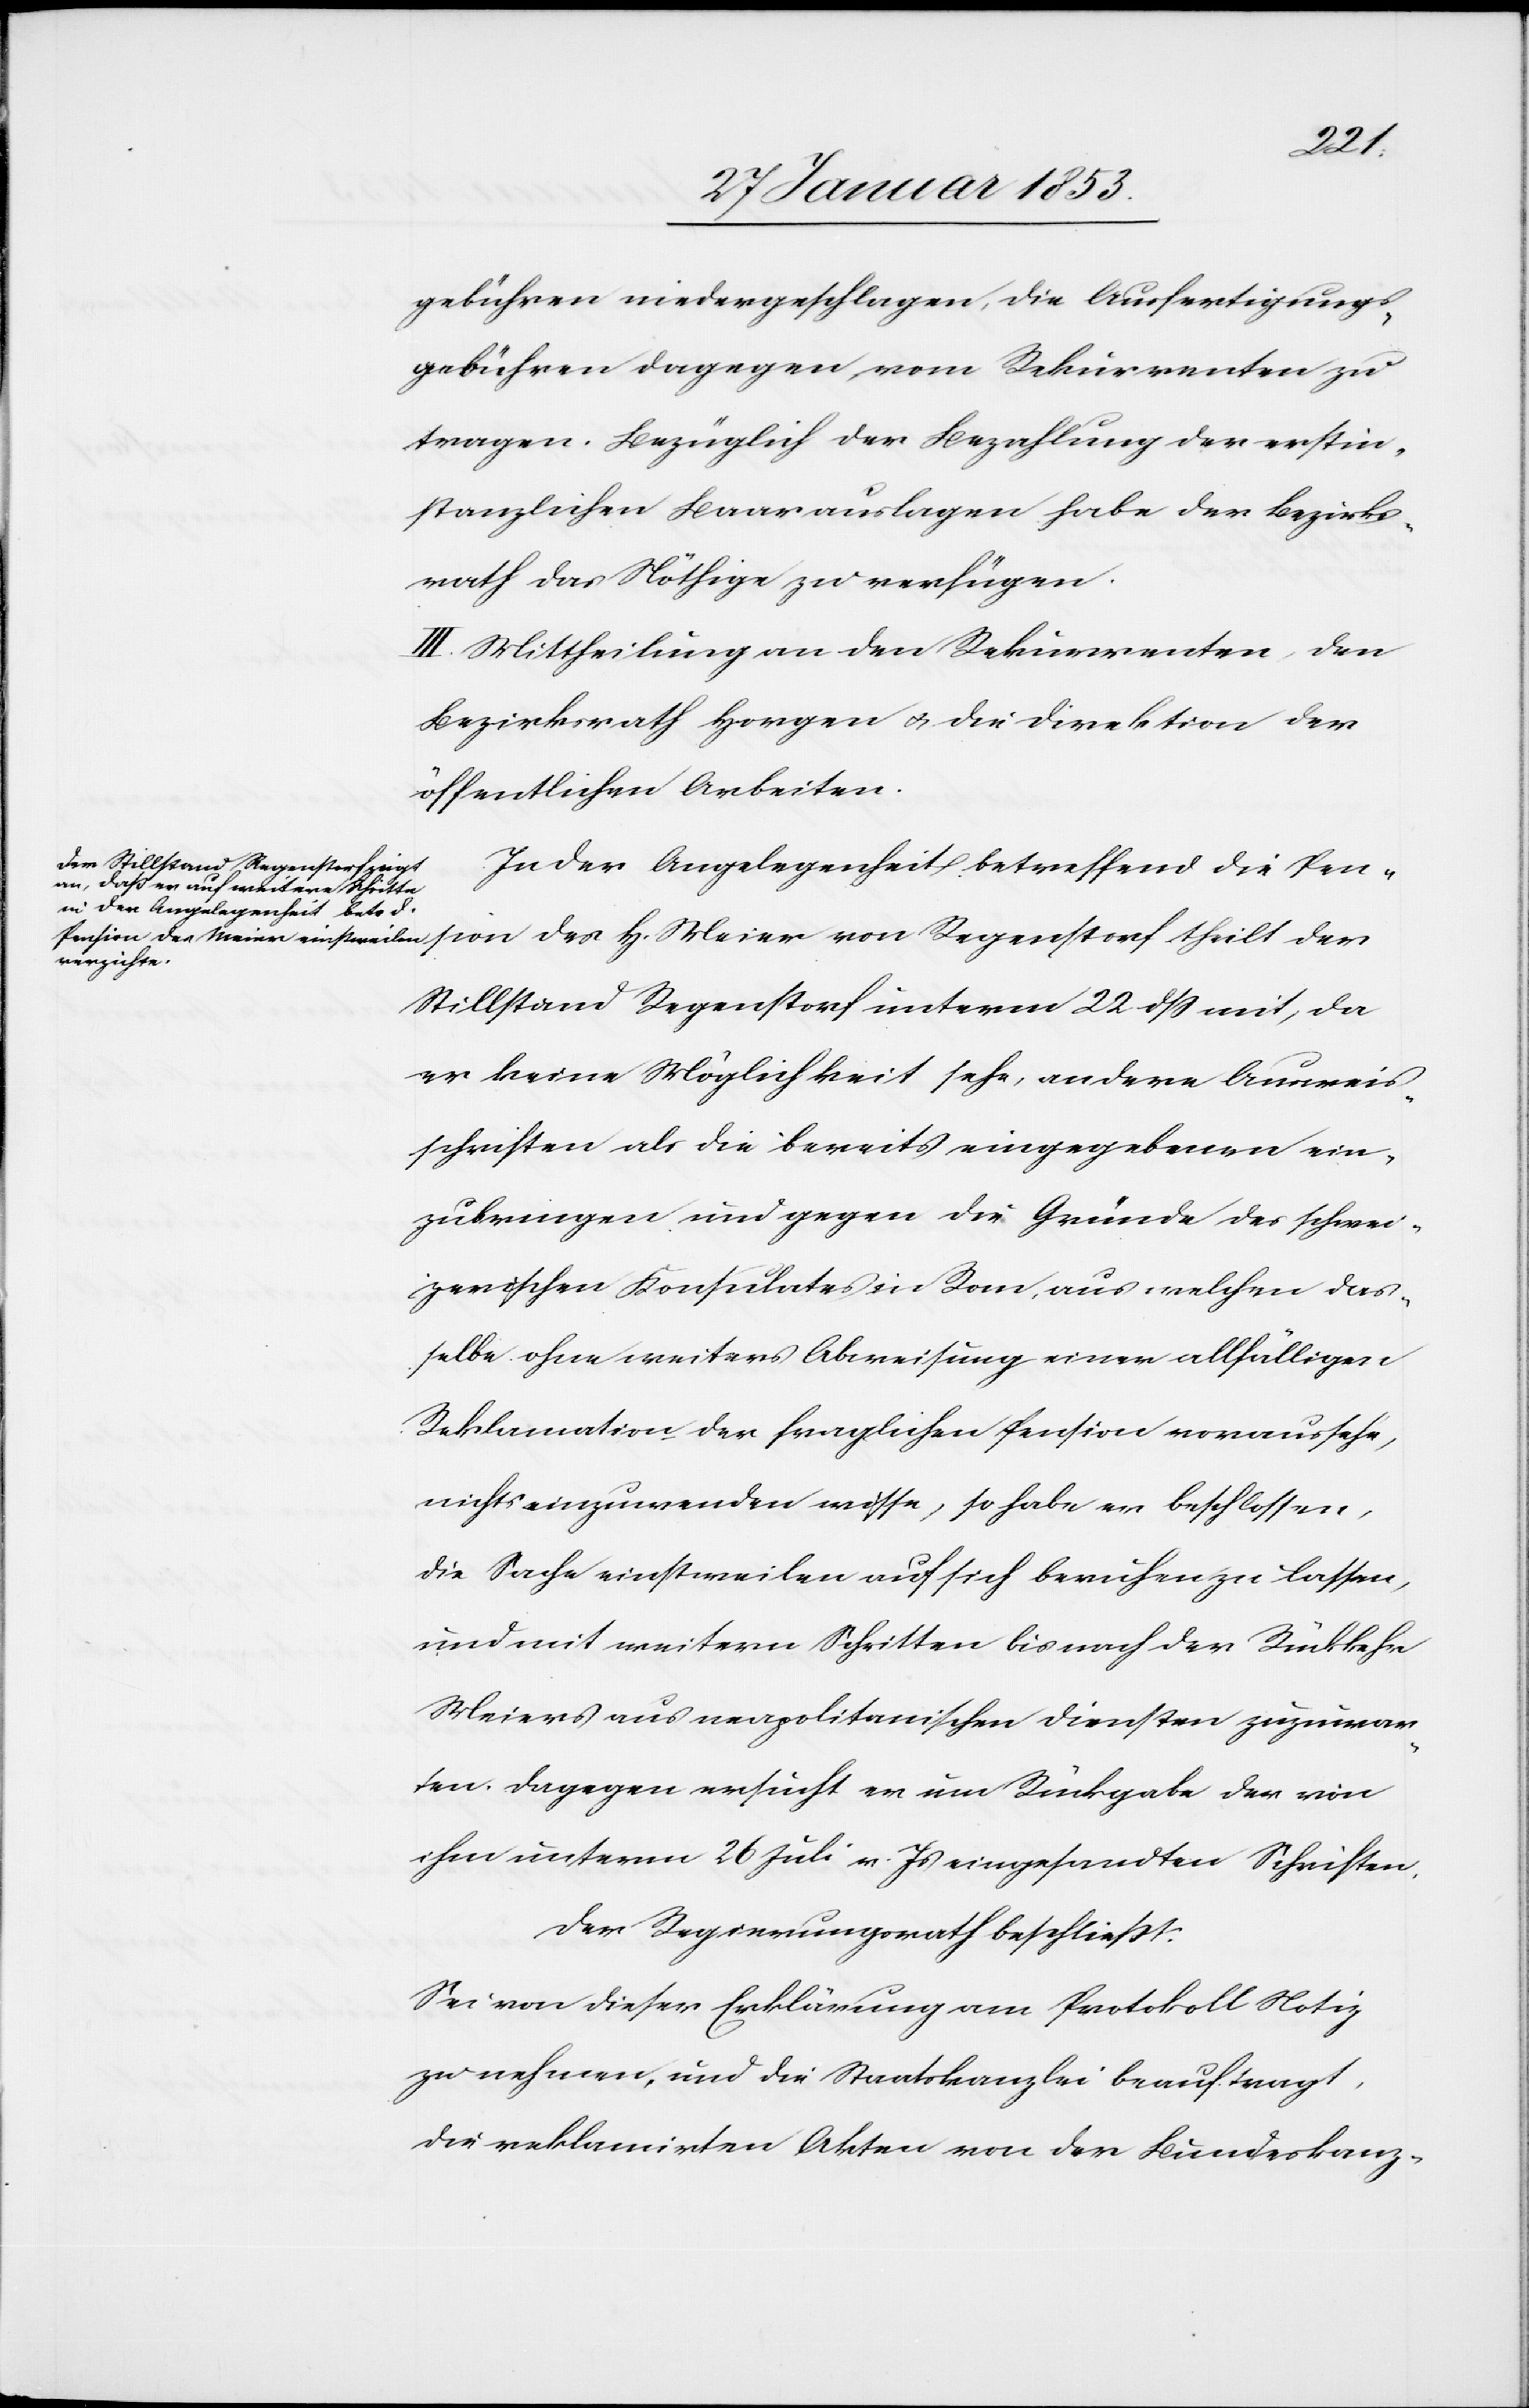
sion
gebühren niedergeschlagen, die Ausfertigungs¬
gebühren dagegen vom Rekurrenten zu
tragen. Bezüglich der Bezahlung der erstin¬
stanzlichen Baarauslagen habe der Bezirks¬
rath das Nöthige zu verfügen.
III. Mittheilung an den Rekurrenten, den
Bezirksrath Horgen u. die Direktion der
öffentlichen Arbeiten.
In der Angelegenheit betreffend die Pen¬
Stillstand Regenstorf unterm 22 dß mit, da
er keine Möglichkeit sehe, andere Ausweis¬
schriften als die bereits eingegebenen ein¬
zubringen und gegen die Gründe des schwei¬
zerischen Konsulats in Rom, aus welchen das¬
selbe ohne weiters Abweisung [sic!] einer allfälligen
Reklamation der fraglichen Pension voraussehe,
nichts einzuwenden wisse, so habe er beschlossen,
die Sache einstweilen auf sich beruhen zu lassen,
und mit weitern Schritten bis nach der Rückkehr
Meiers aus neapolitanischen Diensten zuzuwar¬
ten. Dagegen ersucht er um Rückgabe der von
ihm unterm 26 Juli v. Js. eingesandten Schriften.
Der Regierungsrath beschließt:
Sei von dieser Erklärung am Protokoll Notiz
zu nehmen, und die Staatskanzlei beauftragt,
die reklamirten Akten von der Bundeskanz-